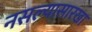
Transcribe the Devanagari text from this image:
नसल्यासारखा